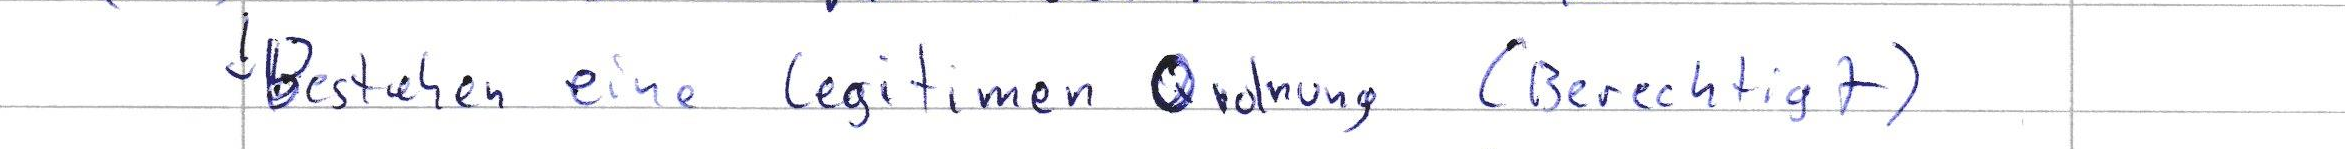
Bestehen eine legitimen Ordnung (Berechtigt)